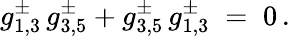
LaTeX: g_{1,3}^{\pm}\, g_{3,5}^{\pm}+g_{3,5}^{\pm}\, g_{1,3}^{\pm}\; =\; 0\, .